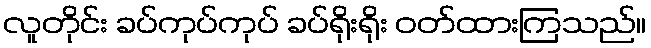
လူတိုင်း ခပ်ကုပ်ကုပ် ခပ်ရိုးရိုး ဝတ်ထားကြသည်။